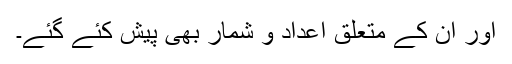
اور ان کے متعلق اعداد و شمار بھی پیش کئے گئے۔